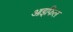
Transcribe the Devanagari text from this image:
आइफिल